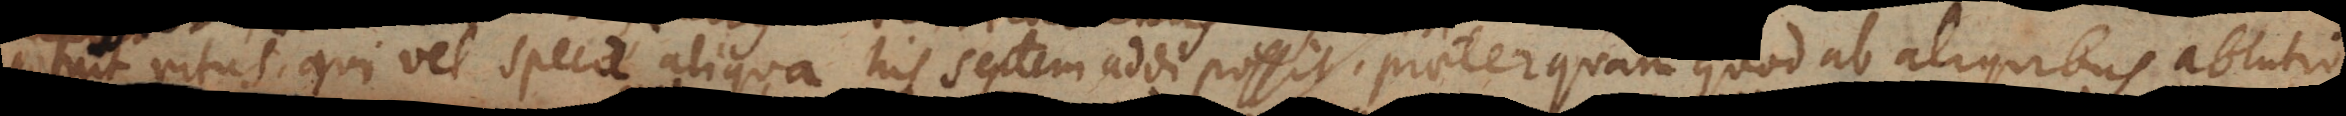
potuit ritus, qui vel specie aliqua his septem addi possit, praeterquam quod ab aliquibus ablu